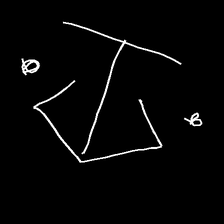
Glyph: earth